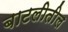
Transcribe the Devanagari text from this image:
बाटलीतील